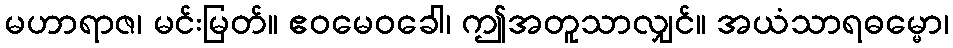
မဟာရာဇ၊ မင်းမြတ်။ ဧဝမေဝခေါ၊ ဤအတူသာလျှင်။ အယံသာရဓမ္မော၊